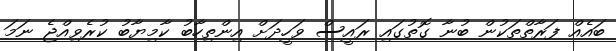
ބައެއް ފަރާތްތަކުން ބުނާ ގޮތުގައި ރައީސް ވަހީދަށް އިންތިހާބު ކާމިޔާބު ކުރެވިއްޖެ ނަމަ